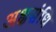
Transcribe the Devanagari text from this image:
अक्षसंधि